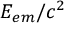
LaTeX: E _ { e m } / c ^ { 2 }